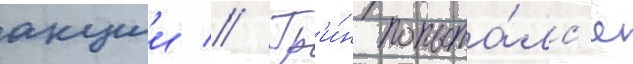
акции // Гр'и́н попыта́лс'я